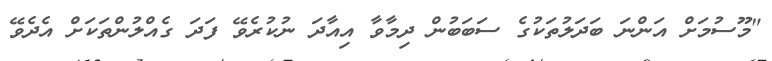
"މޫސުމަށް އަންނަ ބަދަލުތަކުގެ ސަބަބުން ދިމާވާ އިއާދަ ނުކުރެވޭ ފަދަ ގެއްލުންތަކަށް އެދެވޭ